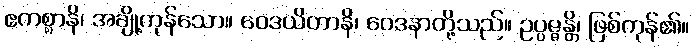
ဧကစ္စာနိ၊ အချို့ကုန်သော။ ဝေဒယိတာနိ၊ ဝေဒနာတို့သည်။ ဥပ္ပဇ္ဇန္တိ၊ ဖြစ်ကုန်၏။